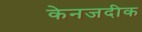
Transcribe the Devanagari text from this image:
केनजदीक